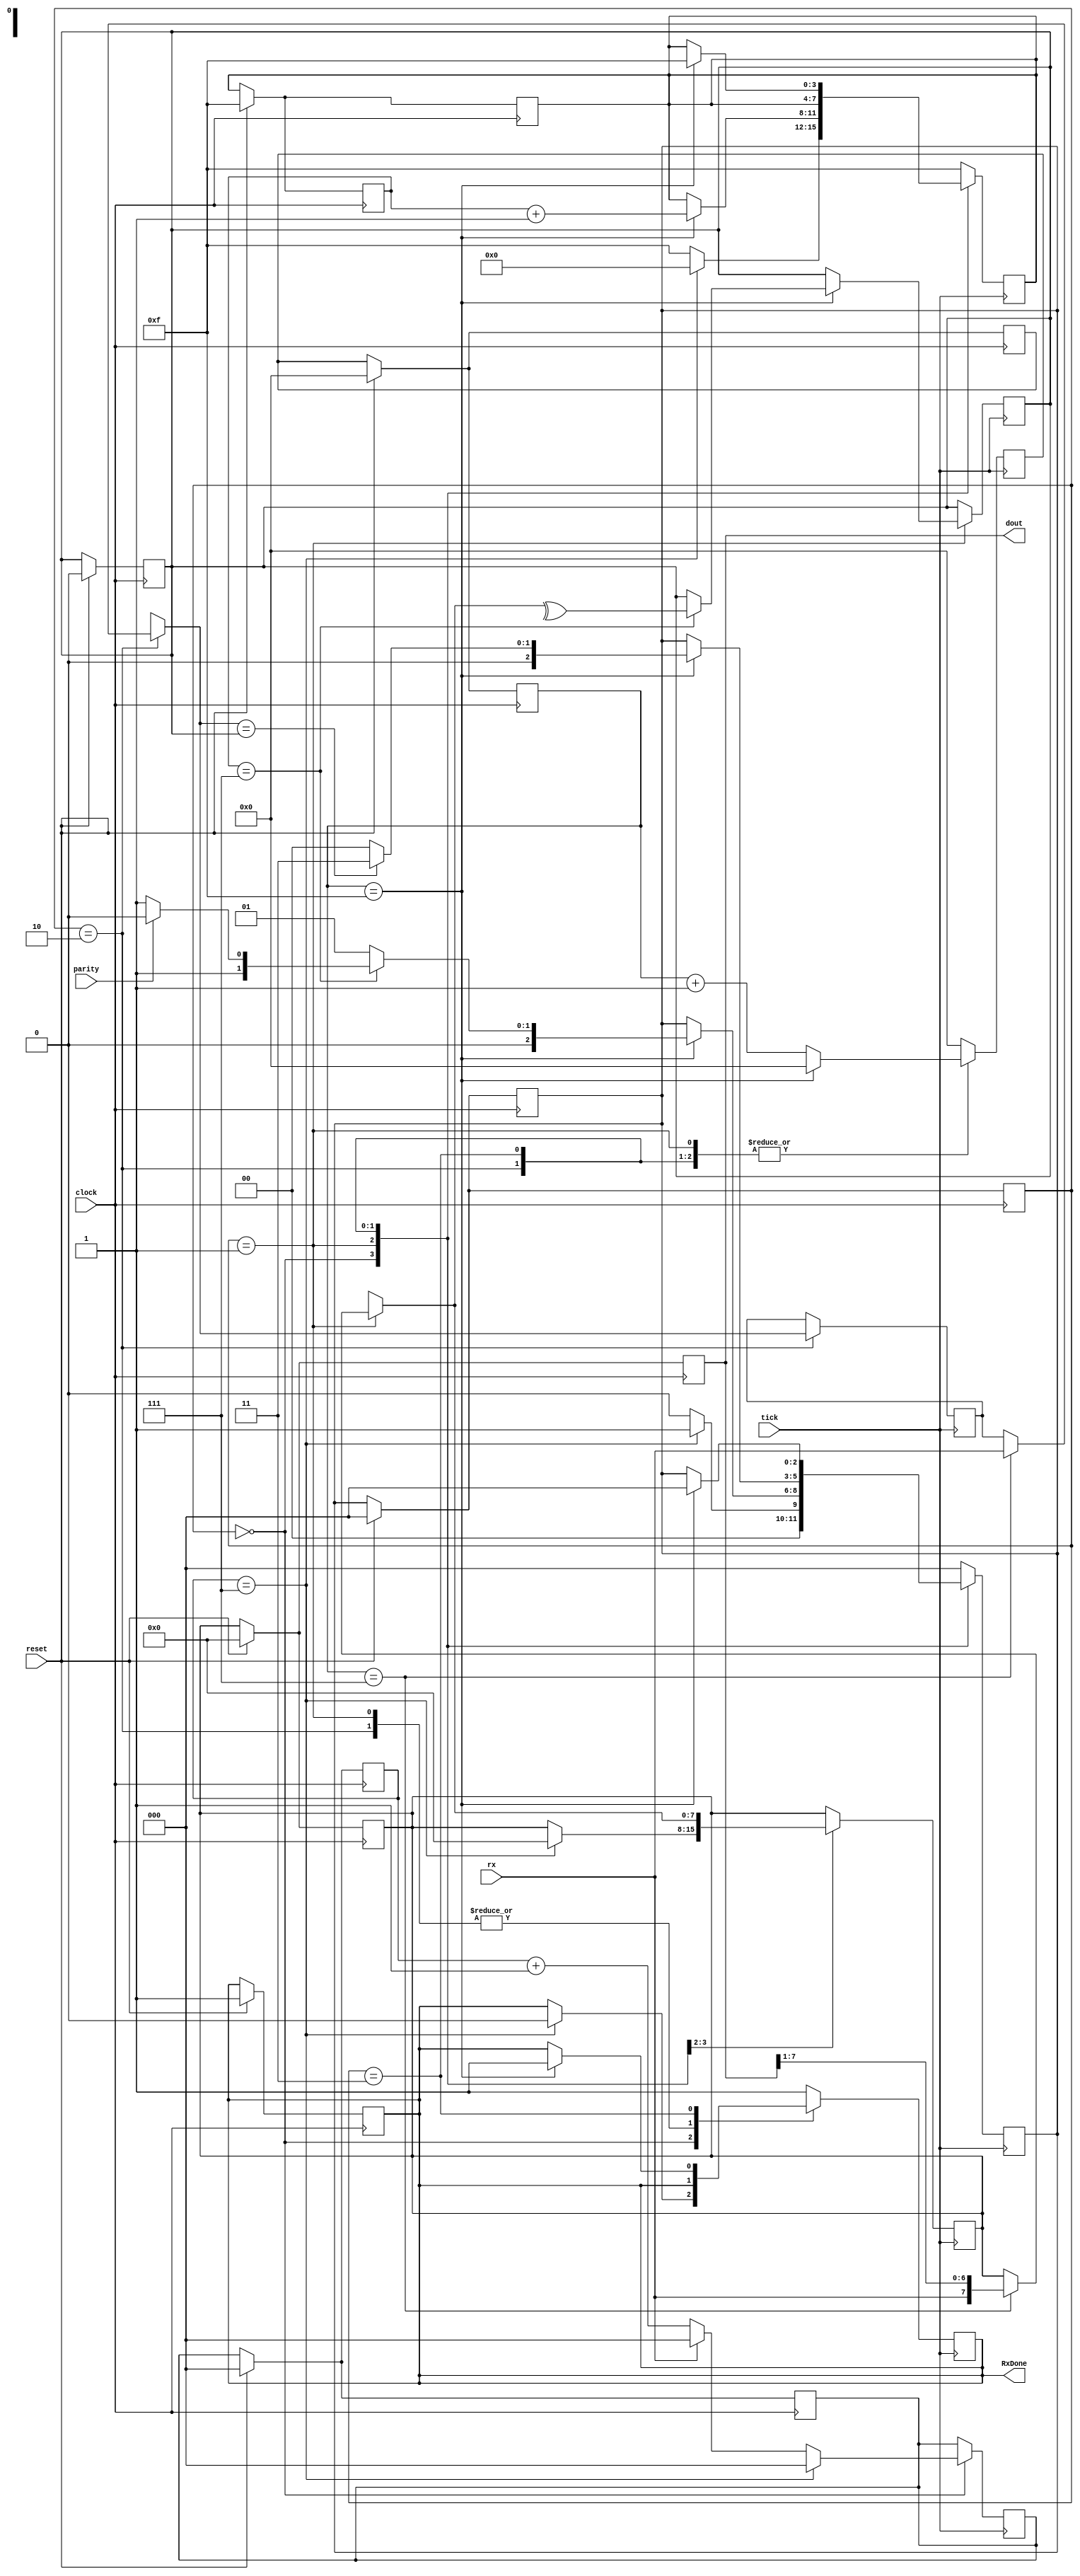
`timescale 1ns / 1ps

module rx
    #(
        parameter N_BITS = 8,     //cantidad de bits de dato
        parameter N_TICK = 8 // # ticks para stop bits 
    )(
        input wire clock,
        input wire reset,
        input wire tick,
        input wire parity,

        //Receiver interface
        input wire rx,
        output reg RxDone, //Receiver done
        output wire [N_BITS - 1:0] dout
    );

    //State declaration
    //According to Lattice semmiconductors state diagram (This implementation is a simplifed version)
    //UART Reference Design 1011 June 2011
    localparam [2 : 0] START     = 3'b000;
    localparam [2 : 0] SHIFT     = 3'b001;
    localparam [2 : 0] PARITY    = 3'b010;
    localparam [2 : 0] STOP_1B   = 3'b011;
   
    //Masks
    localparam START_BIT  = 0;
    localparam STOP_BIT   = 1;

    //Memory
    reg [2 : 0] state;
    reg [2 : 0] next_state;
    reg next_rx;
    reg paridad;
    reg parity_rx;
    reg done;

    //Register
    reg [N_BITS - 1 : 0] rsr; //Receiver Shift Register
    reg [N_BITS - 1 : 0] rbr; //Receiver Buffer Register
    reg [N_BITS - 1 : 0] next_rsr; 
    reg [N_BITS - 1 : 0] next_rbr; 

    //Local
    reg [4 : 0] tick_counter;
    reg [3 : 0] bit_counter;
    reg [2 : 0] start_tick_counter;
    reg [3 : 0] next_bit_counter;
    reg [4 : 0] next_tick_counter;
    reg [2 : 0] next_start_tick_counter;

    always @(posedge clock) //Memory
    begin
        if(reset) 
        begin
            RxDone <= 1;

            state <= START;
            rbr <= 0;   
            bit_counter <= -1;
            tick_counter <= 0;
            start_tick_counter <= 0;
            paridad <= 0;
            rsr <= 0;
            rbr <= 0;
            
            next_rsr <= 0; 
            next_rbr <= 0; 
            next_state <= START;
            next_rx <= 0;   
            next_bit_counter <= -1;
            next_tick_counter <= 0;
            next_start_tick_counter <= 0;
        end
        else //Update every variable state
        begin
            rbr <= next_rbr;
            rsr <= next_rsr;
            state <= next_state;
            bit_counter <= next_bit_counter;
            tick_counter <= next_tick_counter;
            start_tick_counter <= next_start_tick_counter;
        end

    end

    always @(posedge tick) //Next state logic
    begin
        next_tick_counter = tick_counter + 1;
        case(state)
            START:
            begin
                next_tick_counter = 0;
                if(start_tick_counter == N_TICK -1) //We need at least 8 ticks to check START 
                begin
                    RxDone = 0;
                    next_state = SHIFT; 
                    next_bit_counter = 0;
                    next_rbr = 0; 
                    //next_tick_counter = ((N_TICK / 2)-1);
                    next_start_tick_counter = 0;
                end
                else 
                begin
                    if(rx == START_BIT) 
                        next_start_tick_counter = start_tick_counter + 1;
                    else
                        next_start_tick_counter = 0;        
                    next_state = START; 
                    next_bit_counter = -1;
                end
            end
            SHIFT:
            begin
                if (tick_counter == N_TICK - 1) begin
                    next_rbr = {rx, rbr[N_BITS - 1:1]}; // put the bit in the buffer register
                end
                if (tick_counter == (N_TICK*2) - 1) begin
                    next_tick_counter = 0;
                    next_bit_counter = bit_counter + 1;
                    if (bit_counter == N_BITS - 1) begin
                        paridad = (^next_rbr);
                        
                        if (parity) 
                            next_state = PARITY;
                        else
                            next_state = STOP_1B;
                    end else begin
                        next_state = SHIFT; // stay in the SHIFT state
                    end
                end
            end
            PARITY:
            begin
                if(tick_counter == (N_TICK - 1))
                begin
                    parity_rx = rx;
                end
                if(tick_counter == (N_TICK*2 - 1))
                begin
                    next_tick_counter = 0;
                    if(parity_rx == paridad)
                        next_state = STOP_1B;
                    else
                        next_state = START;
                end
            end
            STOP_1B:
            begin
                if(tick_counter == (N_TICK*2 - 1))
                begin
                    RxDone = 1;
                    next_state = START;
                    next_tick_counter = 0;
                    next_bit_counter = -1;
                end                
            end
            default: //Fault recovery
            begin
                RxDone = 1;
                next_state = START; 
                next_tick_counter = 0;
                next_bit_counter = -1;
            end
        endcase
    end

    assign dout = rbr;
endmodule